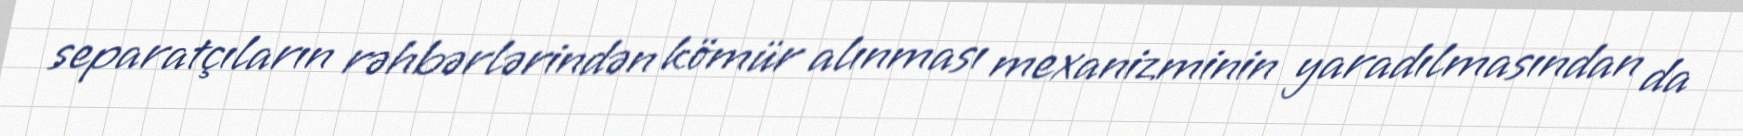
separatçıların rəhbərlərindən kömür alınması mexanizminin yaradılmasından da